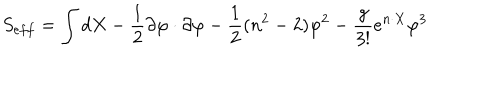
S _ { e f f } = \int d X - \frac { 1 } { 2 } \partial \varphi \cdot \partial \varphi - \frac { 1 } { 2 } ( n ^ { 2 } - 2 ) \varphi ^ { 2 } - \frac { g } { 3 ! } e ^ { n \cdot X } \varphi ^ { 3 }